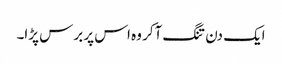
ایک دن تنگ آکر وہ اس پر برس پڑا۔